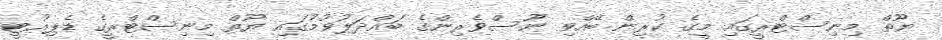
ޔޫތް މިނިސްޓްރީގައި މީގެ ކުރިން ބޭއްވި ނޫސްވެރިންގެ ބައްދަލުވުމުގައި ޔޫތް މިނިސްޓްރީގެ ޑެޕިއުޓީ